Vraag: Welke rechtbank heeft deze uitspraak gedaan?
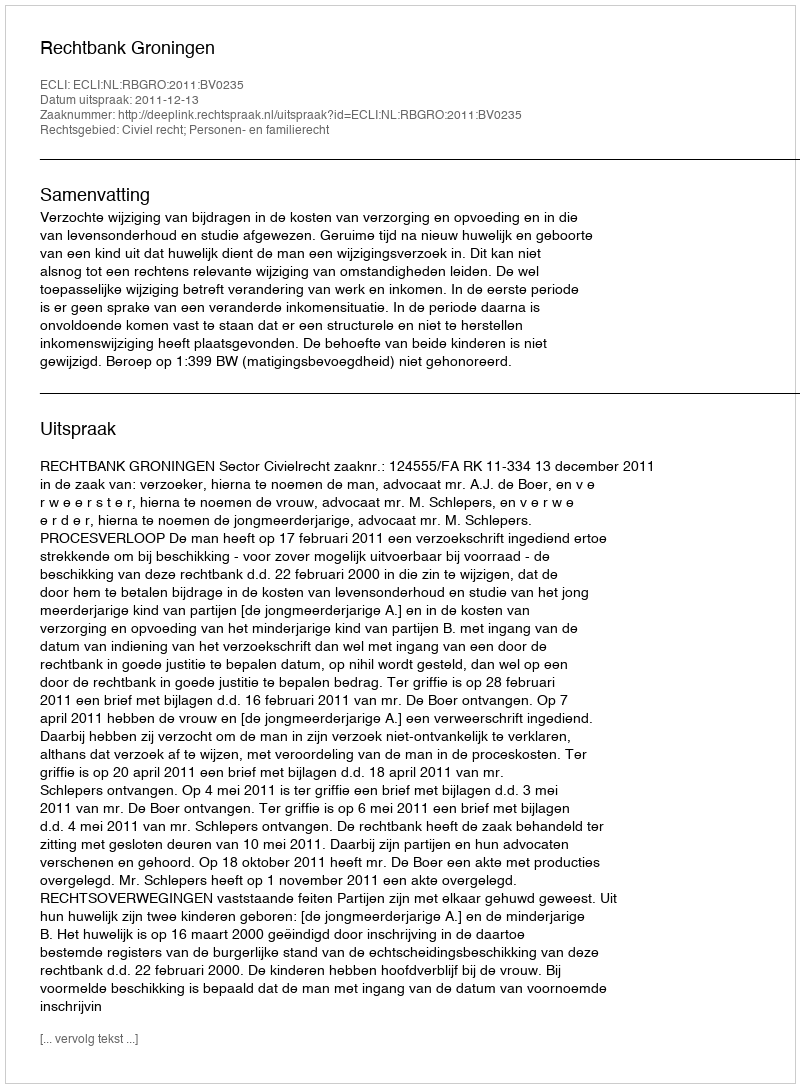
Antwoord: Rechtbank Groningen